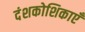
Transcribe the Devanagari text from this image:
दंशकोशिकाएँ